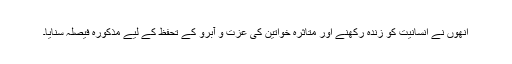
انھوں نے انسانیت کو زندہ رکھنے اور متاثرہ خواتین کی عزت و آبرو کے تحفظ کے لیے مذکورہ فیصلہ سنایا۔